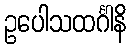
ဥပေါသထင်္ဂါနိ